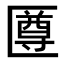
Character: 𠥙